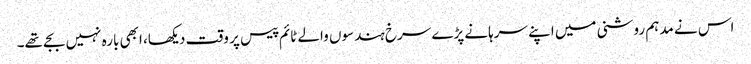
اس نے مدہم روشنی میں اپنے سرہانے پڑے سرخ ہندسوں والے ٹائم پیس پر وقت دیکھا، ابھی بارہ نہیں بجے تھے۔